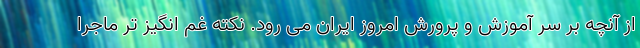
از آنچه بر سر آموزش و پرورش امروز ایران می رود. نکته غم انگیز تر ماجرا